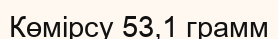
Көмірсу 53,1 грамм